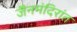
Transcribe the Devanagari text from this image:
जैनमंदिरांत